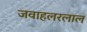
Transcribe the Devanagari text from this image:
जवाहलरलाल